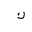
Letter: _kaf